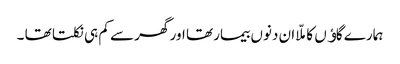
ہمارے گاﺅں کا ملّا ان دنوں بیمار تھا اور گھر سے کم ہی نکلتا تھا ۔